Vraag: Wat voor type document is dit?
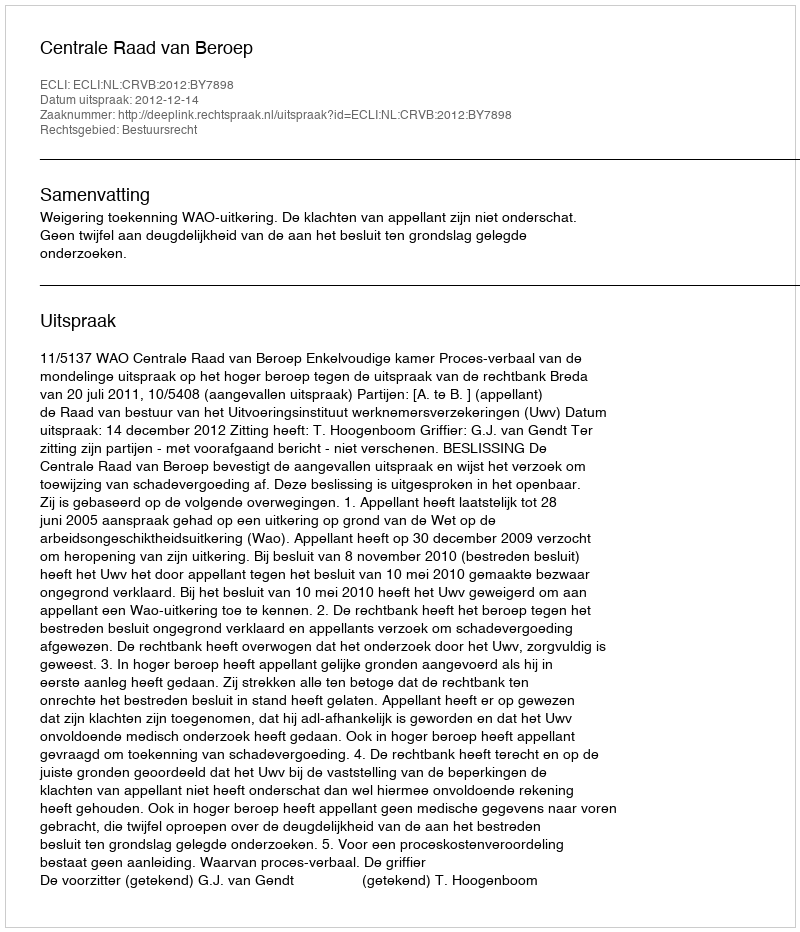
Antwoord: Uitspraak